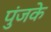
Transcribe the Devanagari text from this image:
पुंजके